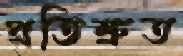
প্রতিশ্রুত